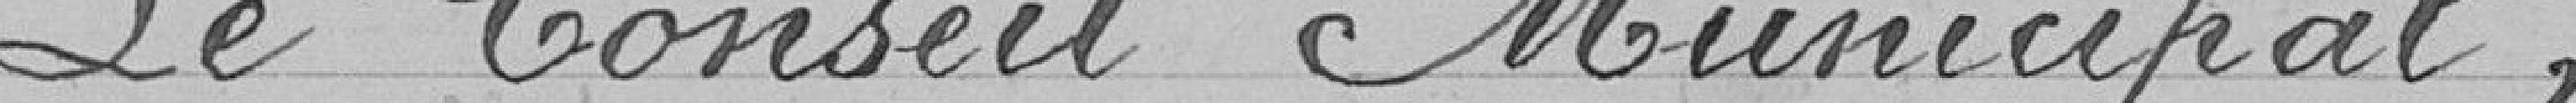
Le Conseil Municipal